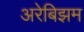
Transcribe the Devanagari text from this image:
अरेबिझम